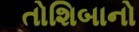
તોશિબાનો